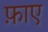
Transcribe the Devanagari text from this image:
फ़ाए